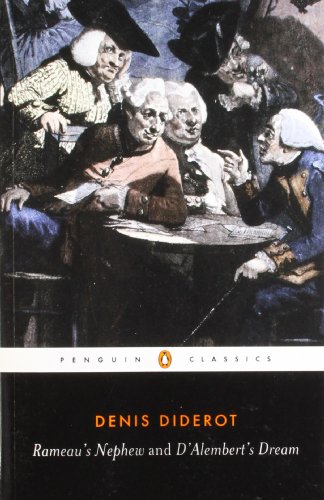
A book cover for Rameau's Nephew and D'Alembert's Dream (Penguin Classics); Denis Diderot; Mystery, Thriller & Suspense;